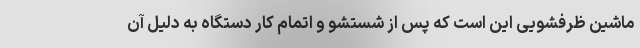
ماشین ظرفشویی این است که پس از شستشو و اتمام کار دستگاه به دلیل آن